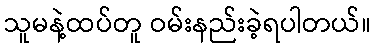
သူမနဲ့ထပ်တူ ဝမ်းနည်းခဲ့ရပါတယ်။